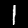
Label: 1